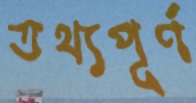
তথ্যপূর্ণ